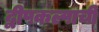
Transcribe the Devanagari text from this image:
द्वीपकल्पाची